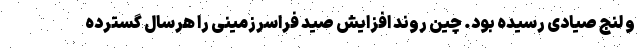
و لنج صیادی رسیده بود. چین روند افزایش صید فراسرزمینی را هرسال گسترده